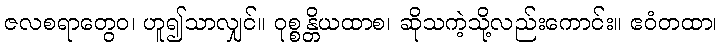
ဇလစရာတွေဝ၊ ဟူ၍သာလျှင်။ ဝုစ္စန္တိယထာစ၊ ဆိုသကဲ့သို့လည်းကောင်း။ ဧဝံတထာ၊